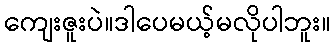
ကျေးဇူးပဲ။ဒါပေမယ့်မလိုပါဘူး။